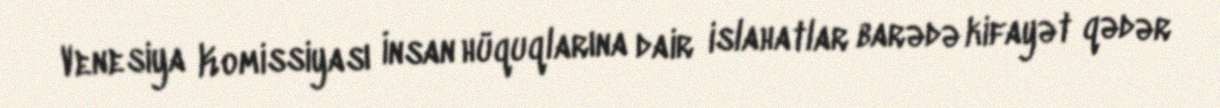
Venesiya Komissiyası İnsan hüquqlarına dair islahatlar barədə kifayət qədər